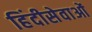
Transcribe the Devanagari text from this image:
हिंदीसेवाओं